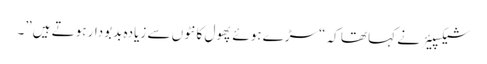
شیکسپیئر نے کہا تھا کہ “سڑے ہوئے پھول کانٹوں سے زیادہ بدبودار ہوتے ہیں”۔